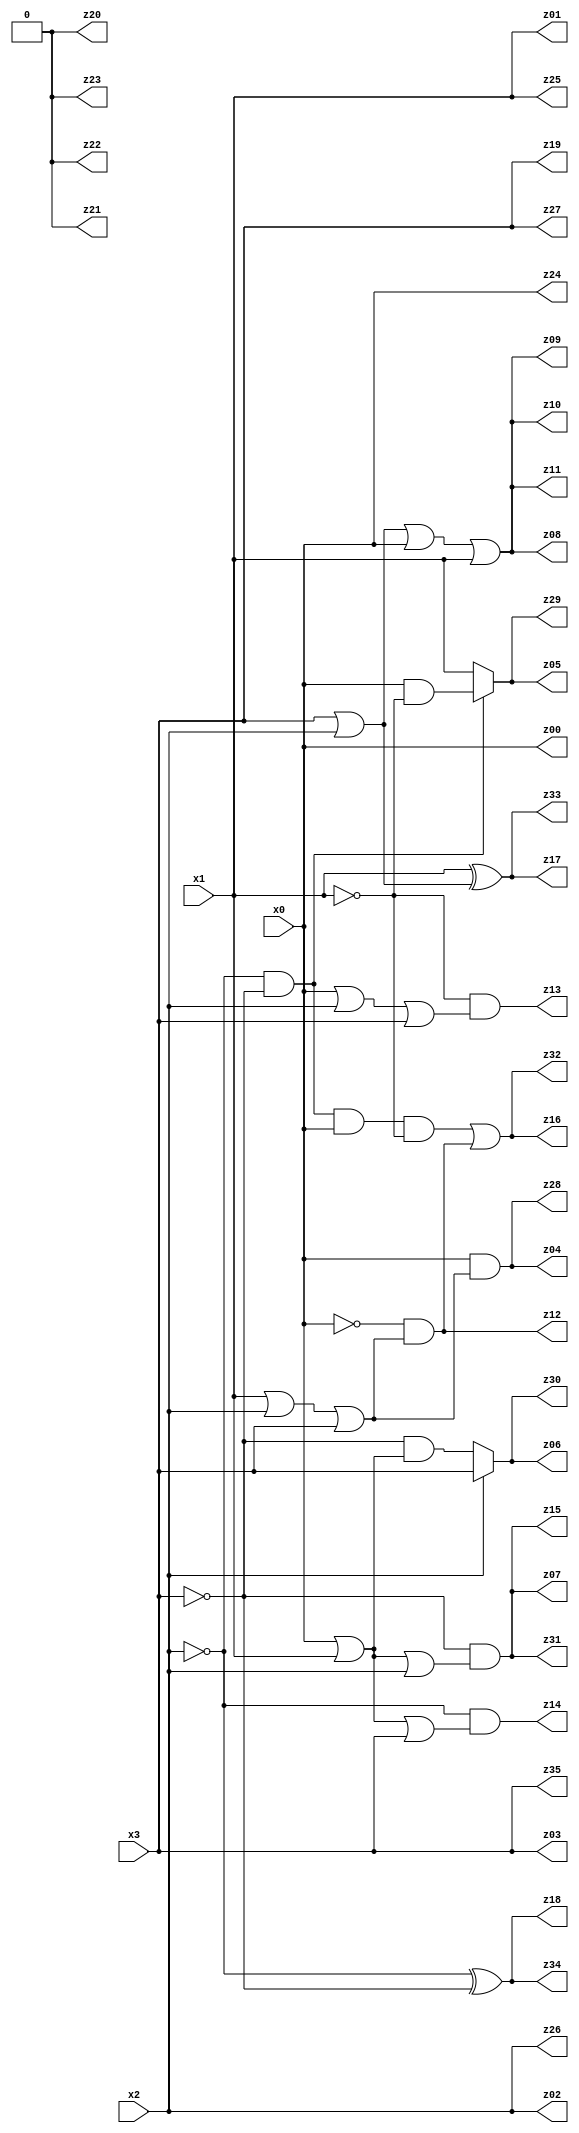
// Benchmark "q_4" written by ABC on Mon Feb 27 17:13:33 2023

module q_4 ( 
    x0, x1, x2, x3,
    z00, z01, z02, z03, z04, z05, z06, z07, z08, z09, z10, z11, z12, z13,
    z14, z15, z16, z17, z18, z19, z20, z21, z22, z23, z24, z25, z26, z27,
    z28, z29, z30, z31, z32, z33, z34, z35  );
  input  x0, x1, x2, x3;
  output z00, z01, z02, z03, z04, z05, z06, z07, z08, z09, z10, z11, z12, z13,
    z14, z15, z16, z17, z18, z19, z20, z21, z22, z23, z24, z25, z26, z27,
    z28, z29, z30, z31, z32, z33, z34, z35;
  assign z20 = 1'b0;
  assign z04 = x0 & (x1 | x2 | x3);
  assign z05 = (~x2 & ~x3) ? (x0 & ~x1) : x1;
  assign z06 = x2 ? x3 : (~x3 & (x0 | x1));
  assign z07 = ~x3 & (x0 | x1 | x2);
  assign z08 = x3 | x2 | x0 | x1;
  assign z12 = ~x0 & (x1 | x2 | x3);
  assign z13 = ~x1 & (x0 | x2 | x3);
  assign z14 = ~x2 & (x0 | x1 | x3);
  assign z16 = (~x2 & ~x3 & x0 & ~x1) | (~x0 & (x1 | x2 | x3));
  assign z17 = x1 ^ (x2 | x3);
  assign z18 = ~x2 ^ ~x3;
  assign z00 = x0;
  assign z01 = x1;
  assign z02 = x2;
  assign z03 = x3;
  assign z09 = x3 | x2 | x0 | x1;
  assign z10 = x3 | x2 | x0 | x1;
  assign z11 = x3 | x2 | x0 | x1;
  assign z15 = ~x3 & (x0 | x1 | x2);
  assign z19 = x3;
  assign z21 = z20;
  assign z22 = z20;
  assign z23 = z20;
  assign z24 = x0;
  assign z25 = x1;
  assign z26 = x2;
  assign z27 = x3;
  assign z28 = x0 & (x1 | x2 | x3);
  assign z29 = (~x2 & ~x3) ? (x0 & ~x1) : x1;
  assign z30 = x2 ? x3 : (~x3 & (x0 | x1));
  assign z31 = ~x3 & (x0 | x1 | x2);
  assign z32 = (~x2 & ~x3 & x0 & ~x1) | (~x0 & (x1 | x2 | x3));
  assign z33 = x1 ^ (x2 | x3);
  assign z34 = ~x2 ^ ~x3;
  assign z35 = x3;
endmodule